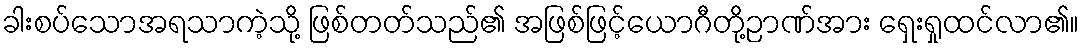
ခါးစပ်သောအရသာကဲ့သို့ ဖြစ်တတ်သည်၏ အဖြစ်ဖြင့်ယောဂီတို့ဉာဏ်အား ရှေးရှုထင်လာ၏။